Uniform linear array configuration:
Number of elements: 4
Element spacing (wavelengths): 0.5
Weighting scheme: uniform
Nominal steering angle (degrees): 60
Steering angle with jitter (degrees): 60.419
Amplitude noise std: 0.05
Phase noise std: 0.05

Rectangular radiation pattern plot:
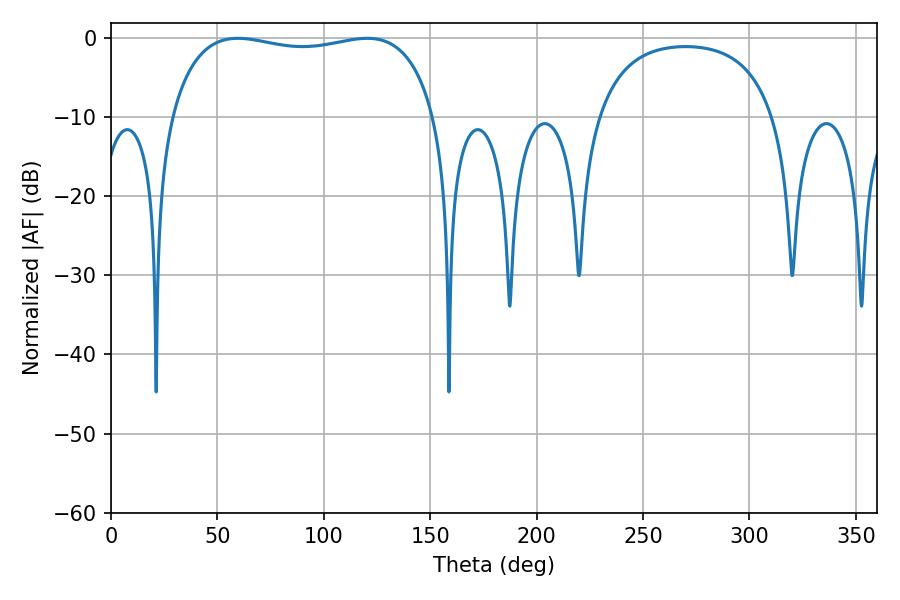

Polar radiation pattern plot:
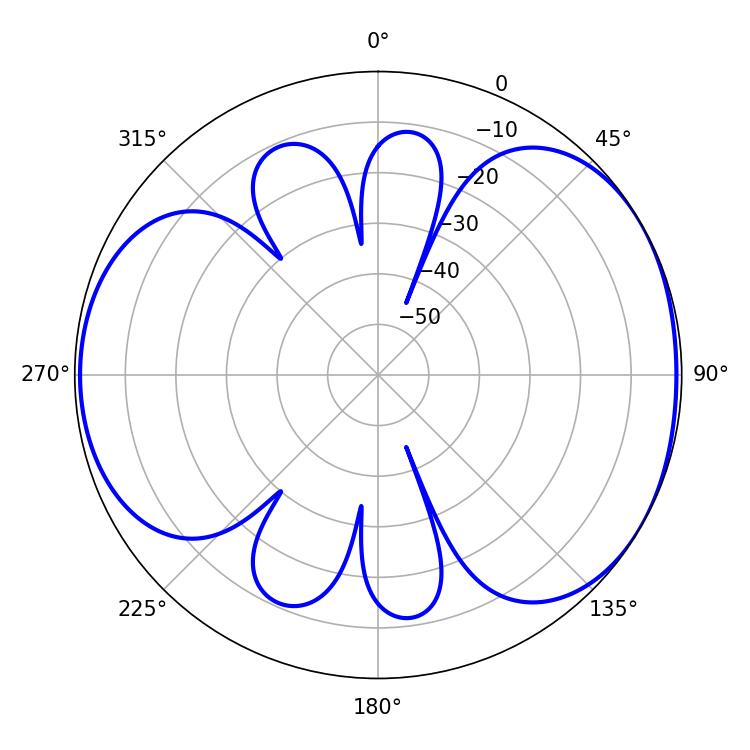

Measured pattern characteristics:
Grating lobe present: FALSE
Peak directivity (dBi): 4.767
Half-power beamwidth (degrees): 101.16
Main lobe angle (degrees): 59.58